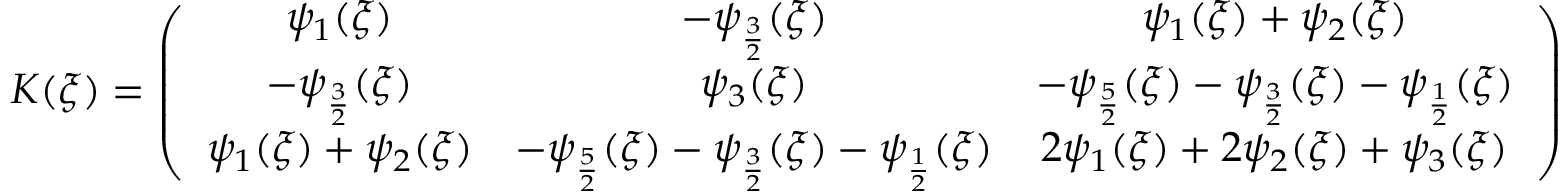
K ( \xi ) = \left( \begin{array} { c c c } { \psi _ { 1 } ( \xi ) } & { - \psi _ { \frac { 3 } { 2 } } ( \xi ) } & { \psi _ { 1 } ( \xi ) + \psi _ { 2 } ( \xi ) } \\ { - \psi _ { \frac { 3 } { 2 } } ( \xi ) } & { \psi _ { 3 } ( \xi ) } & { - \psi _ { \frac { 5 } { 2 } } ( \xi ) - \psi _ { \frac { 3 } { 2 } } ( \xi ) - \psi _ { \frac { 1 } { 2 } } ( \xi ) } \\ { \psi _ { 1 } ( \xi ) + \psi _ { 2 } ( \xi ) } & { - \psi _ { \frac { 5 } { 2 } } ( \xi ) - \psi _ { \frac { 3 } { 2 } } ( \xi ) - \psi _ { \frac { 1 } { 2 } } ( \xi ) } & { 2 \psi _ { 1 } ( \xi ) + 2 \psi _ { 2 } ( \xi ) + \psi _ { 3 } ( \xi ) } \end{array} \right)